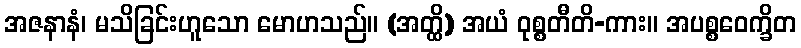
အဇနာနံ၊ မသိခြင်းဟူသော မောဟသည်။ (အတ္ထိ) အယံ ဝုစ္စတီတိ-ကား။ အပစ္စဝေက္ခိတ